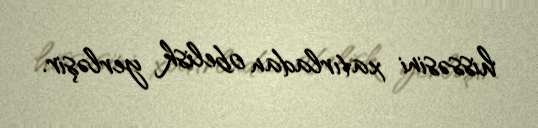
hissəsini xatırladan obelisk yerləşir.